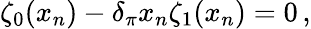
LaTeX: \zeta_{0}(x_{n})-\delta_{\pi}x_{n}\zeta_{1}(x_{n})=0\, ,